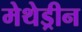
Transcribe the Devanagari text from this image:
मेथेड्रीन